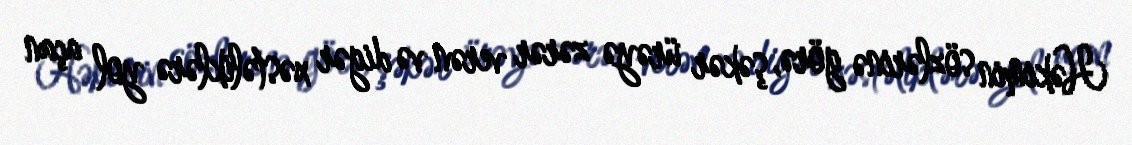
Həkimin sözlərinə görə, şəkər ürəyə zərər verən və digər xəstəliklərə yol açan